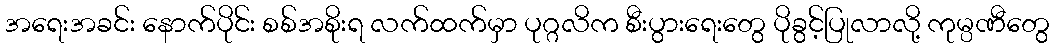
အရေးအခင်း နောက်ပိုင်း စစ်အစိုးရ လက်ထက်မှာ ပုဂ္ဂလိက စီးပွားရေးတွေ ပိုခွင့်ပြုလာလို့ ကုမ္ပဏီတွေ